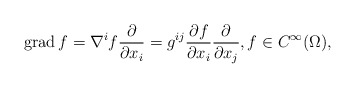
\begin{align*} \operatorname{grad} f = \nabla^i f \frac{\partial}{\partial x_i} = g^{ij} \frac{\partial f}{\partial x_i} \frac{\partial}{\partial x_j},f \in C^{\infty}(\Omega),\end{align*}